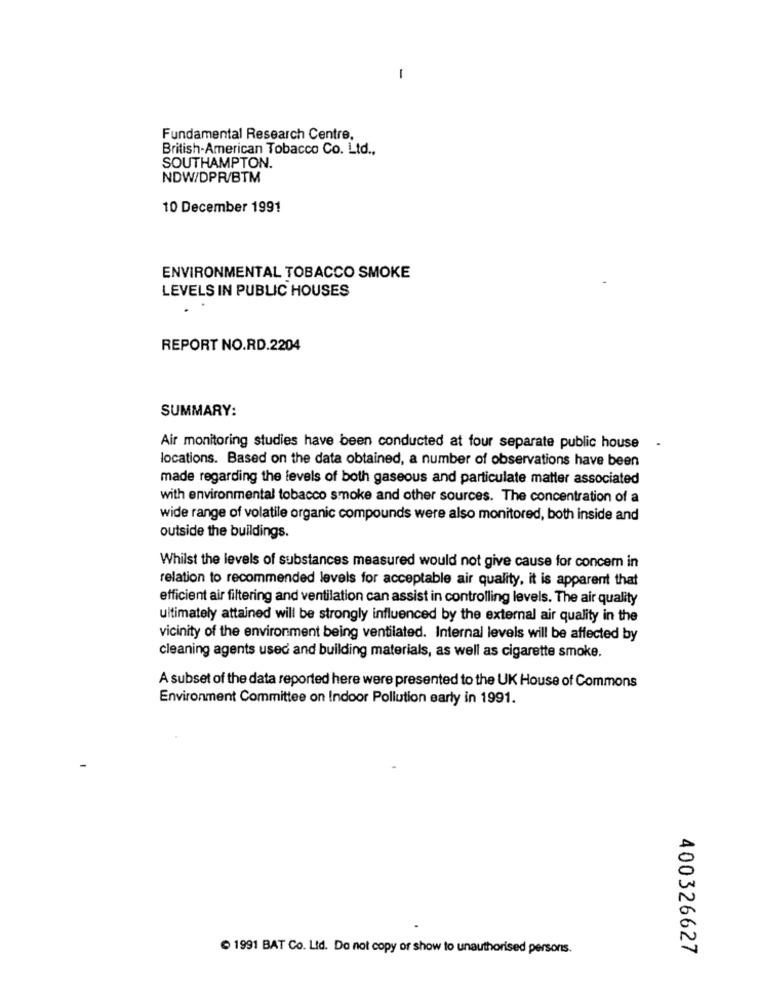
-
Fundamental Research Centre,
British-American Tobacco Co. Ltd .,
SOUTHAMPTON.
NDW/DPR/BTM
10 December 1991
ENVIRONMENTAL TOBACCO SMOKE
LEVELS IN PUBLIC HOUSES
REPORT NO.RD.2204
SUMMARY:
Air monitoring studies have been conducted at four separate public house -
locations. Based on the data obtained, a number of observations have been
made regarding the levels of both gaseous and particulate matter associated
with environmental tobacco smoke and other sources. The concentration of a
wide range of volatile organic compounds were also monitored, both inside and
outside the buildings.
Whilst the levels of substances measured would not give cause for concern in
relation to recommended levels for acceptable air quality, it is apparent that
efficient air filtering and ventilation can assist in controlling levels. The air quality
ultimately attained will be strongly influenced by the external air quality in the
vicinity of the environment being ventilated. Internal levels will be affected by
cleaning agents used and building materials, as well as cigarette smoke.
A subset of the data reported here were presented to the UK House of Commons
Environment Committee on Indoor Pollution early in 1991.
1991 BAT Co. Ltd. Do not copy or show to unauthorised persons.
400326627